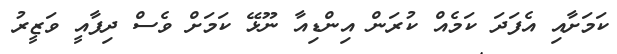
ކަމަށާއި އެފަދަ ކަމެއް ކުރަން އިންޑިއާ ނޫޅޭ ކަމަށް ވެސް ދިފާއީ ވަޒީރު